Vaccination in Burma 1920-1933 - 1920-1933
Year: 1920
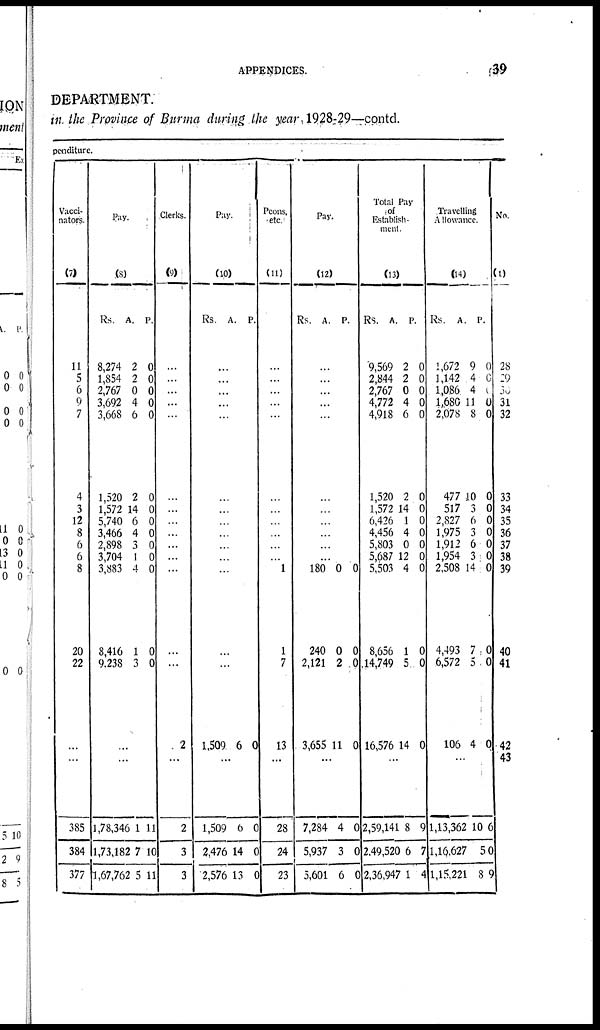
APPENDICES.
39
DEPARTMENT.
in the Province of Burma during the year 1928-29—contd.
penditure.
Vacci-
nators.
(7)
11
5
6
9
7
4
3
12
8
6
6
8
20
22
...
...
385
384
377
Pay.
(8)
Rs.
8,274
1,854
2,767
3,692
3,668
1,520
1,572
5,740
3,466
2,898
3,704
3,883
8,416
9,238
A.
2
2
0
4
6
2
14
6
4
3
1
4
1
3
P.
0
0
0
0
0
0
0
0
0
0
0
0
0
0
...
...
1,78,346
1,73,182
1,67,762
1
7
5
11
10
11
Clerks.
(9)
...
...
...
...
...
...
...
...
...
...
...
...
...
...
2
...
2
3
3
Pay.
(10)
Rs. A. P.
...
...
...
...
...
...
...
...
...
...
...
...
...
...
1,509 6 0
...
1,509
2,476
2,576
6
14
13
0
0
0
Peons,
etc.
(11)
...
...
...
...
...
...
...
...
...
...
...
1
1
7
13
...
28
24
23
Pay.
(12)
Rs.
A. P.
...
...
...
...
...
...
...
...
...
...
...
180
240
2,121
3,655
0
0
2
11
0
0
0
0
...
7,284
5,937
5,601
4
3
6
0
0
0
Total Pay
of
Establish-
ment.
(13)
Rs.
9,569
2,844
2,767
4,772
4,918
1,520
1,572
6,426
4,456
5,803
5,687
5,503
8,656
14,749
16,576
A.
2
2
0
4
6
2
14
1
4
0
12
4
1
5
14
P.
0
0
0
0
0
0
0
0
0
0
0
0
0
0
0
...
2,59,141
2,49,520
2,36,947
8
6
1
9
7
4
Travelling
Allowance.
(14)
Rs.
1,672
1,142
1,086
1,680
2,078
477
517
2,827
1,975
1,912
1,954
2,508
4,493
6,572
106
A.
9
4
4
11
8
10
3
6
3
6
3
14
7
5
4
P.
0
0
0
0
0
0
0
0
0
0
0
0
0
0
0
...
1,13,362
1,16,627
1,15,221
10
5
8
6
0
9
No.
(1)
28
29
30
31
32
33
34
35
36
37
38
39
40
41
42
43